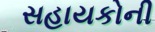
સહાયકોની